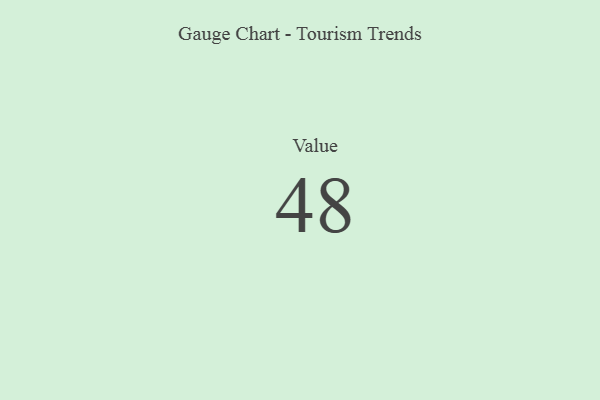
{"axis": {"x": "Metric", "y": "Value"}, "legend": [""], "data": [{"x": "Value", "y": 48, "type": ""}]}